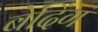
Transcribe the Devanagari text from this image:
बेदिंग